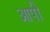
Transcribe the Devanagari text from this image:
आपो॑